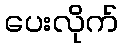
ပေးလိုက်